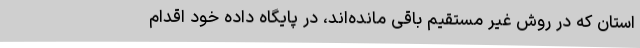
استان که در روش غیر مستقیم باقی مانده‌اند، در پایگاه داده خود اقدام